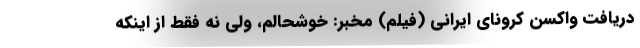
دریافت واکسن کرونای ایرانی (فیلم) مخبر: خوشحالم، ولی نه فقط از اینکه